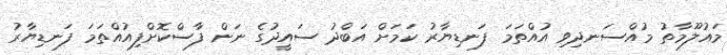
މައުލޫމާތު މުއްސަނދިވި އުއްތަމަ ފަނޑިޔާރު ކަމަށް އަބްދު ސައީދުގެ ނަން ފާސްކޮށްފިއުއްތަމަ ފަނޑިޔާރު